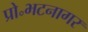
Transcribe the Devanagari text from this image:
प्रो॰भटनागर